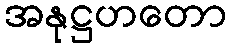
အနုဋ္ဌဟတော